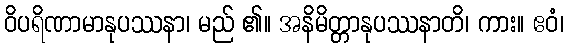
ဝိပရိဏာမာနုပဿနာ၊ မည် ၏။ အနိမိတ္တာနုပဿနာတိ၊ ကား။ ဧဝံ၊